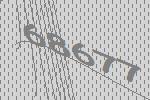
68677